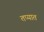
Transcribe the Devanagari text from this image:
तप्यात